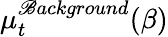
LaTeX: \mu_{t}^{\mathscr{B}ackground}(\beta)